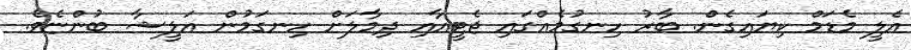
އެލީ މެޑަމް ކިޔައިގެން. ބާރު ހިނގުމެއްގައި ޖެޓީއާއި ދިމާލަށް ހިނގަމުން އަލީޝާ ބުންޏެވެ.